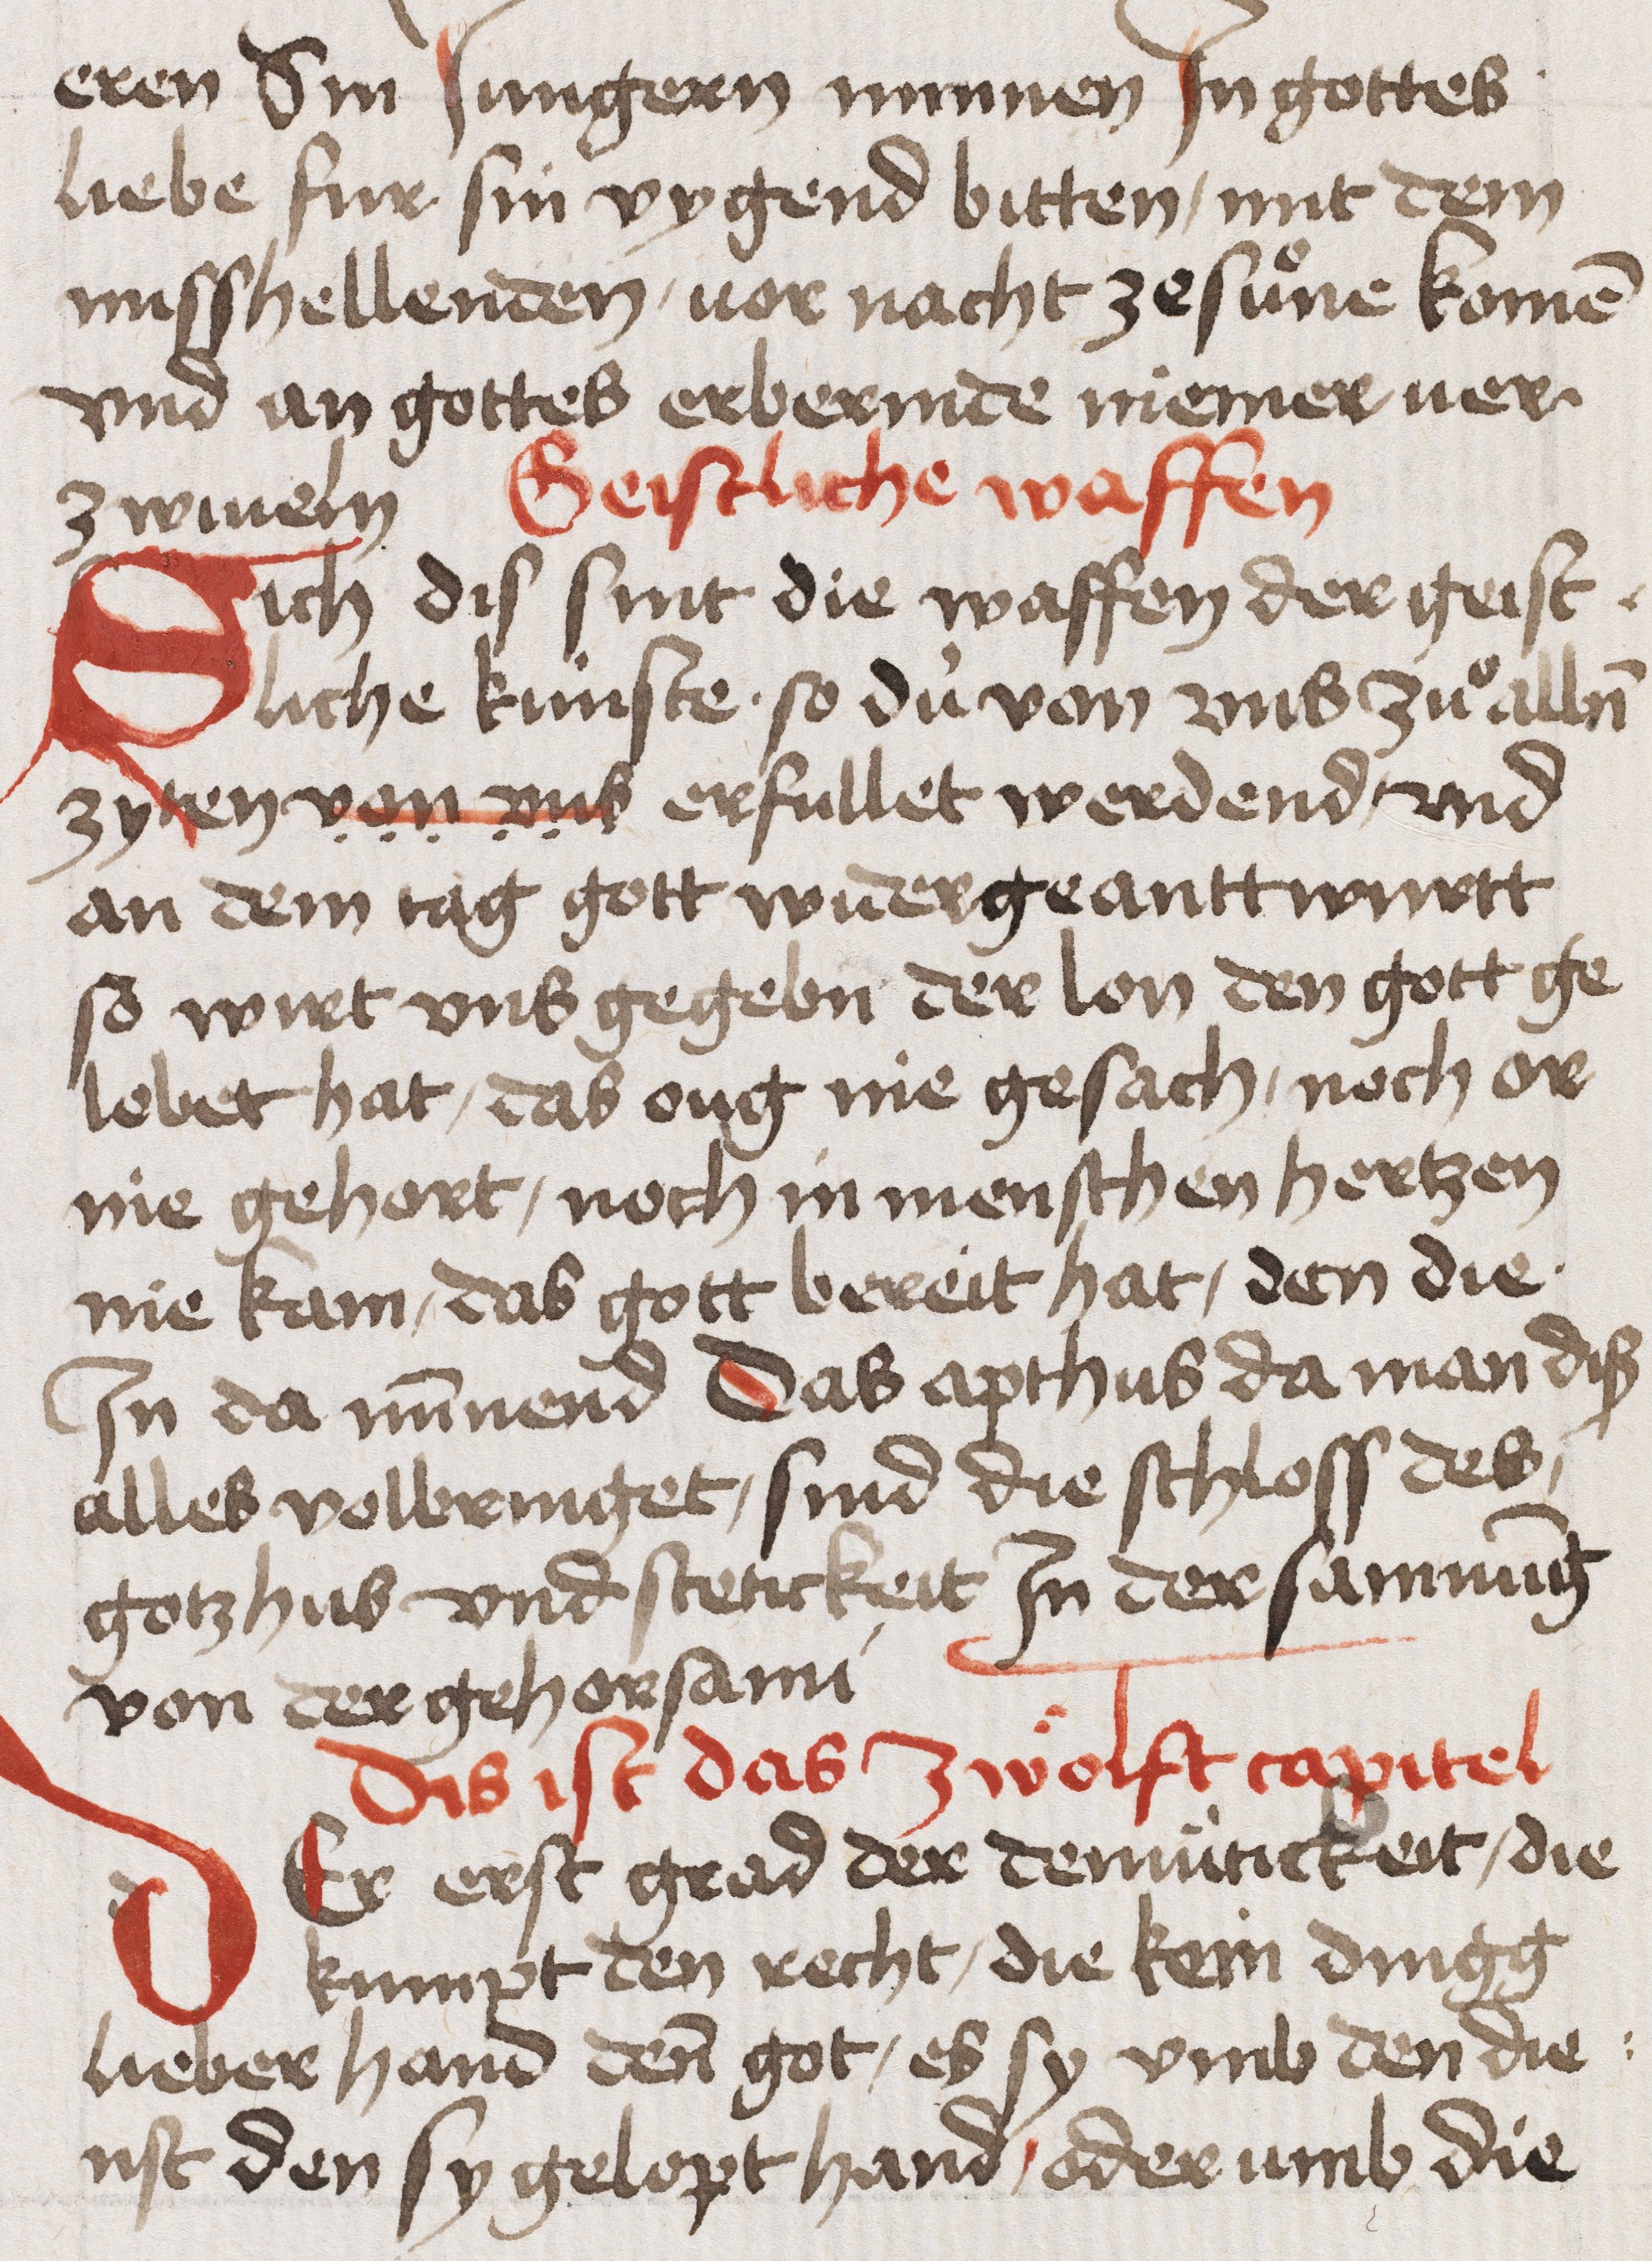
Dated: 1400–1499